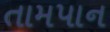
તામપાન